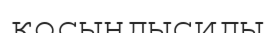
қосындысиды